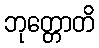
ဘုတ္တောတိ